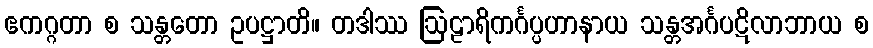
ဧကဂ္ဂတာ စ သန္တတော ဥပဋ္ဌာတိ။ တဒါဿ ဩဠာရိကင်္ဂပ္ပဟာနာယ သန္တအင်္ဂပဋိလာဘာယ စ